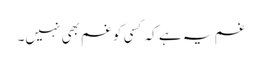
غم یہ ہے کہ کسی کو غم بھی نہیں۔